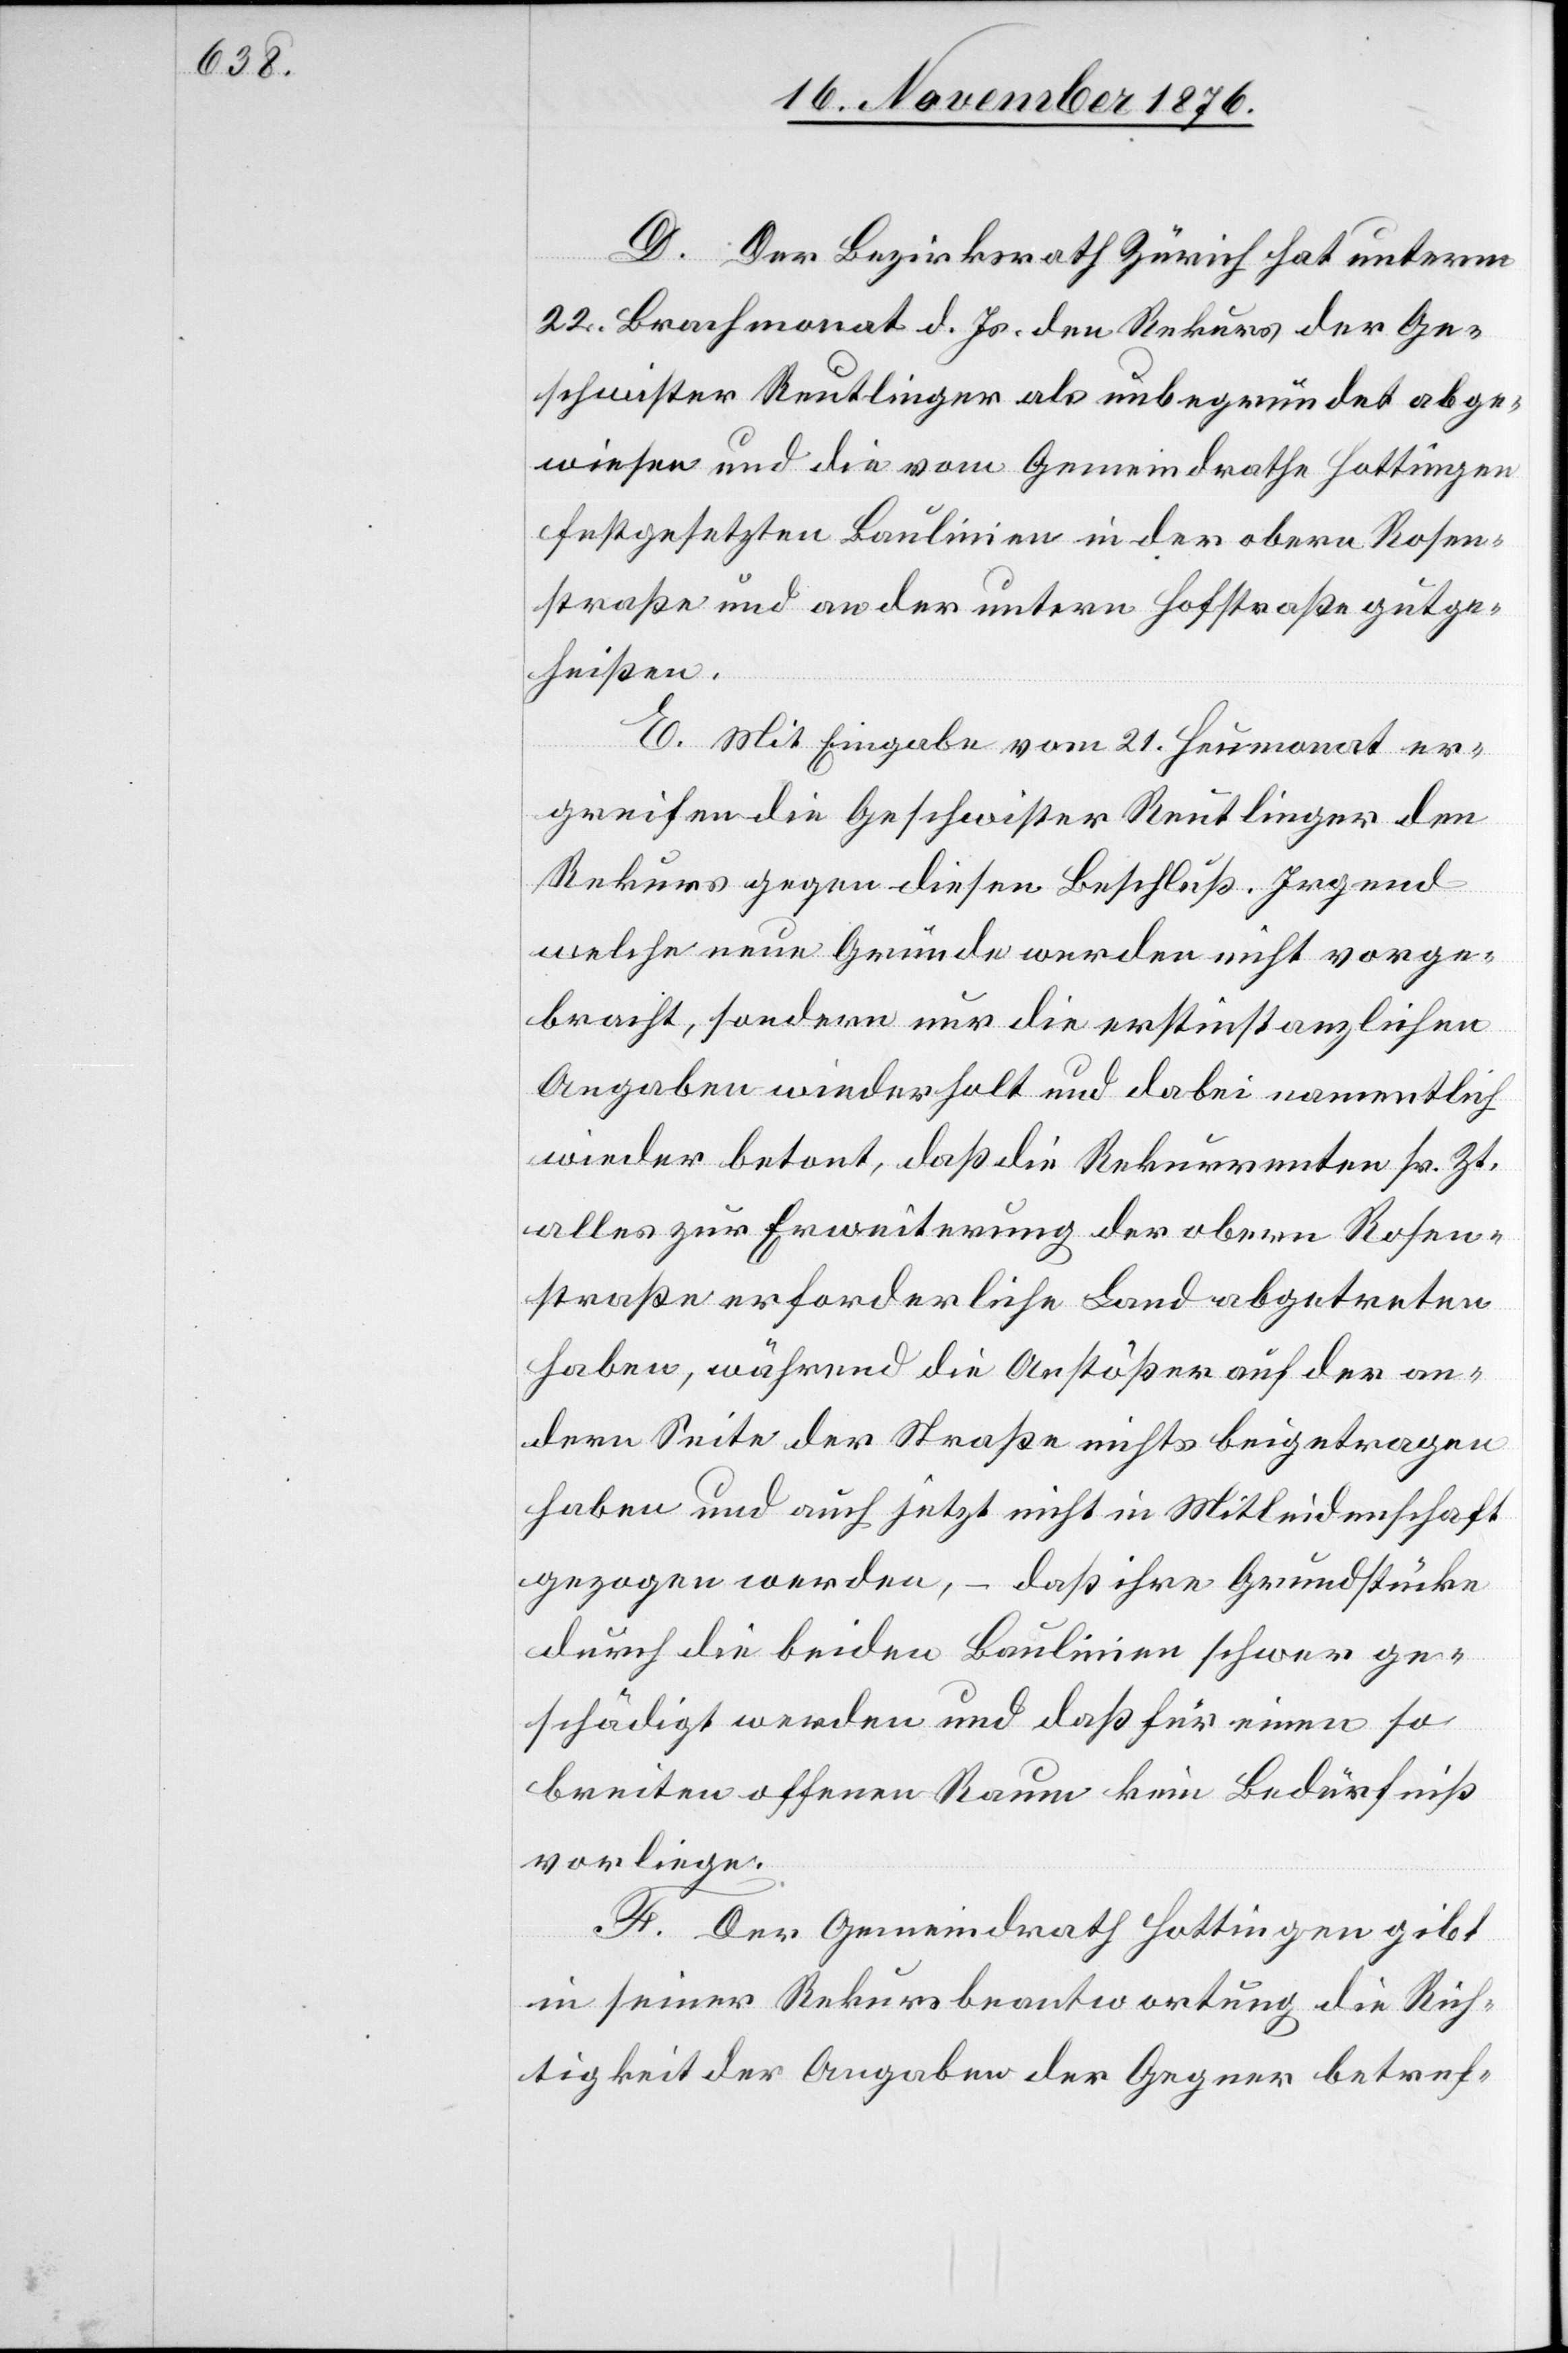
D. Der Bezirksrath Zürich hat unterm
22. Brachmonat d. Js. den Rekurs der Ge¬
schwister Reutlinger als unbegründet abge¬
wiesen und die vom Gemeindrathe Hottingen
festgesetzten Baulinien in der obern Rosen¬
straße und an der untern Hofstraße gutge¬
heißen.
E. Mit Eingabe vom 21. Heumonat er¬
greifen die Geschwister Reutlinger den
Rekurs gegen diesen Beschluß. Irgend
welche neue Gründe werden nicht vorge¬
bracht, sondern nur die erstinstanzlichen
Angaben wiederholt und dabei namentlich
wieder betont, daß die Rekurrenten sr. Zt.
alles zur Erweiterung der obern Rosen¬
straße erforderliche Land abgetreten
haben, während die Anstößer auf der an¬
dern Seite der Straße nichts beigetragen
haben und auch jetzt nicht in Mitleidenschaft
gezogen werden, – daß ihre Grundstücke
durch die beiden Baulinien schwer ge¬
schädigt werden und daß für einen so
breiten offenen Raum kein Bedürfniß
vorliege.
F. Der Gemeindrath Hottingen gibt
in seiner Rekursbeantwortung die Rich¬
tigkeit der Angaben der Gegner betref-